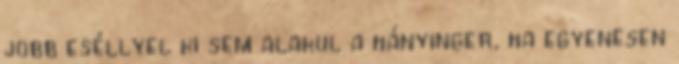
jobb eséllyel ki sem alakul a hányinger, ha egyenesen